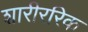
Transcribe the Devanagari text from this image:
शारीररिक